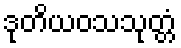
ဒုတိယဝသသုတ္တံ